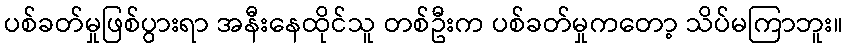
ပစ်ခတ်မှုဖြစ်ပွားရာ အနီးနေထိုင်သူ တစ်ဦးက ပစ်ခတ်မှုကတော့ သိပ်မကြာဘူး။